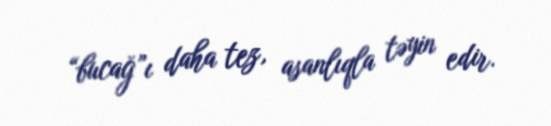
“bucağ”ı daha tez, asanlıqla təyin edir.